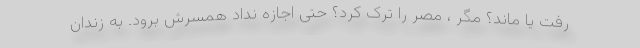
رفت یا ماند؟ مگر ، مصر را ترک کرد؟ حتی اجازه نداد همسرش برود. به زندان